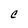
Character: e